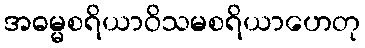
အဓမ္မစရိယာဝိသမစရိယာဟေတု